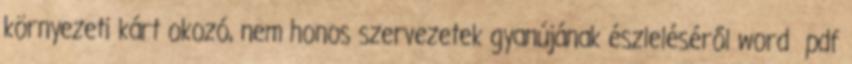
környezeti kárt okozó, nem honos szervezetek gyanújának észleléséről word pdf